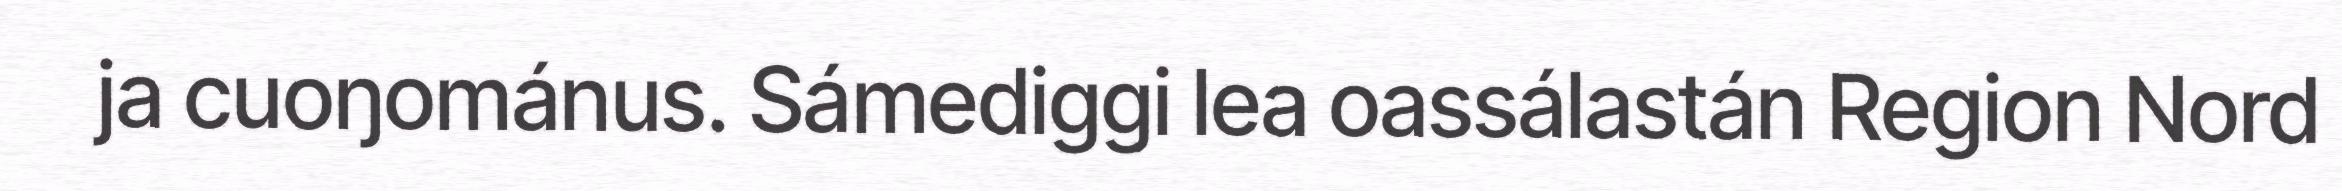
ja cuoŋománus. Sámediggi lea oassálastán Region Nord